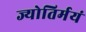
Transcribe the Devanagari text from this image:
ज्योतिर्मयं